Leningradi_Edasi_toimetus, lk 11
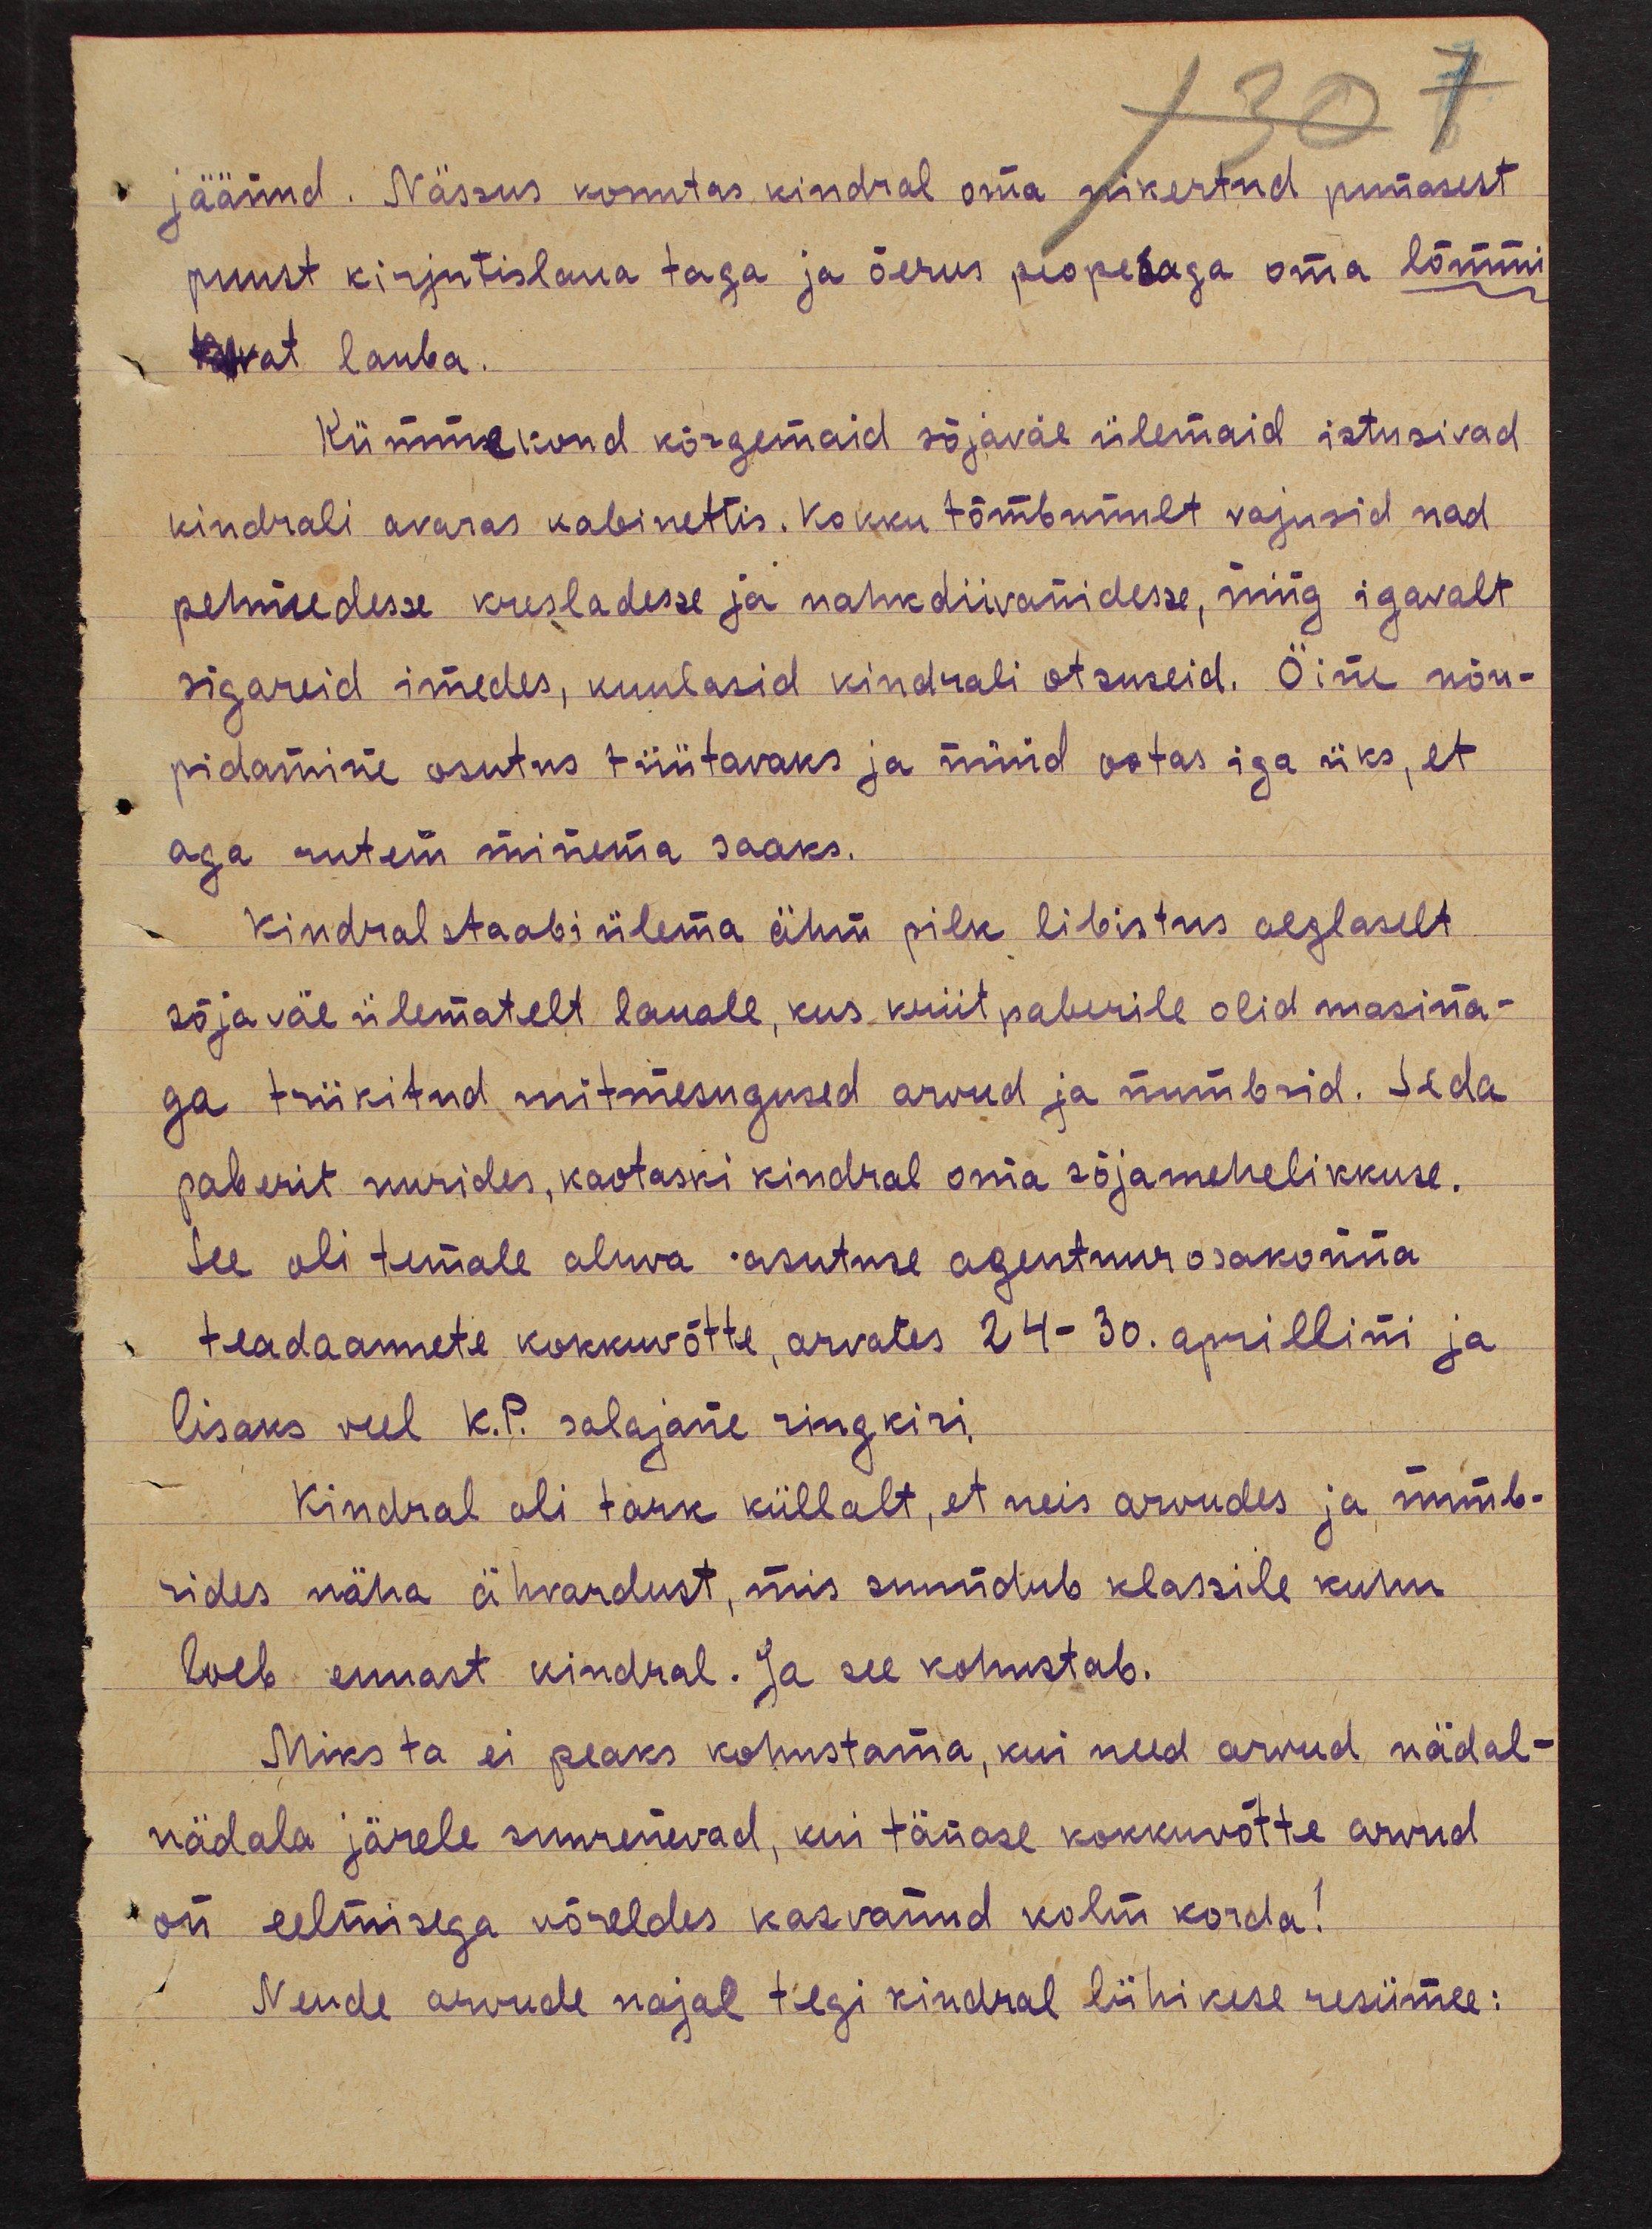
jäänud. Nässus konutas kindral oma nikertud punasest
puust kirjutislaua taga ja õerus peopesaga oma lõmmi-
korvat lauba
Kümmekond kõrgemaid sõjaväe ülemaid istusivad
kindrali avaras kabinettis. Kokku tõmbunult vajusid nad
pehmedesse kresladesse ja nahkdiivanidesse, ning igavalt
sigareid imedes, kuulasid kindrali otsuseid. Õime nõu-
pidamine osutus tüütavaks ja nüüd ootas iga üks, et
aga rutem minema saaks.
Kindralstaabi ülema ähm pilk libistus aeglaselt
sõjaväe ülematelt lauale, kus kriit paberile olid masina-
ga trükitud mitmesugused arvud ja numbrid. Seda
paberit uurides, kaotaski kindral oma sõjamehelikkuse.
See oli temale aluva asutuse agentuurosakonna
teadaannete kokkuvõtte, arvates 24-30. aprillini ja
lisaks veel K.P. salajane ringkiri.
Kindral oli tark küllalt, et neis arvudes ja numb-
rides näha ähvardust, mis suundub klassile kuhu
loeb ennast kindral. Ja see kohustab.
Miks ta ei peaks kohustama, kui need arvud nädal-
nädala järele suurenevad, kui tänase kokkuvõtte arvud
on eelmisega võreldes kasvanud kolm korda!
Nende arvude najal tegi kindral lühikese resümee: